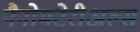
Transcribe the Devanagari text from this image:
नैनोमटेरीअल्स